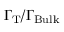
\Gamma _ { \mathrm { T } } / \Gamma _ { \mathrm { B u l k } }